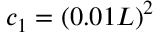
c _ { 1 } = ( 0 . 0 1 L ) ^ { 2 }